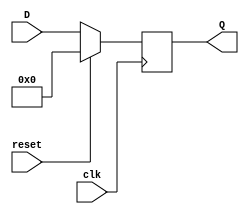
module regN (reset, clk, D, Q);
input reset;
input clk;
parameter N = 8; 			//pode variar o N
input [N-1:0] D;
output [N-1:0] Q;
reg [N-1:0] Q;

always @(posedge clk)
	if(reset)
		Q = 0;
	else
		Q = D;
endmodule